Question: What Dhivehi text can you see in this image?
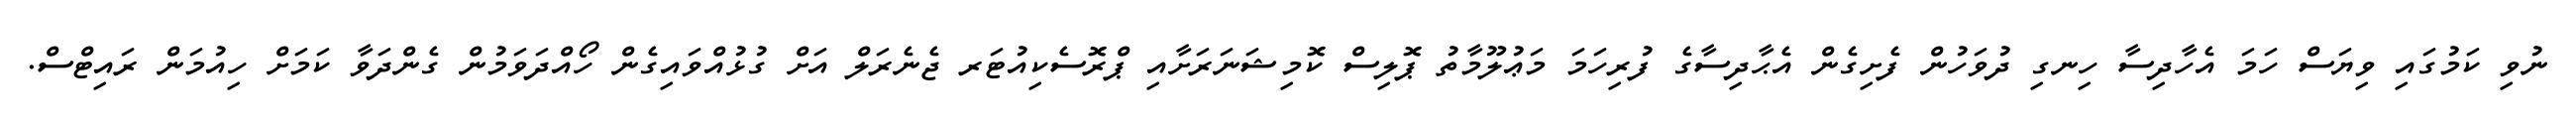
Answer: ނުވި ކަމުގައި ވިޔަސް ހަމަ އެހާދިސާ ހިނގި ދުވަހުން ފެށިގެން އެޙާދިސާގެ ފުރިހަމަ މަޢުލޫމާތު ޕޮލިސް ކޮމިޝަނަރަށާއި ޕްރޮސެކިއުޓަރ ޖެނެރަލް އަށް ގުޅުއްވައިގެން ހޯއްދަވަމުން ގެންދަވާ ކަމަށް ހިއުމަން ރައިޓްސް.